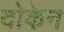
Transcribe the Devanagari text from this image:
दोकेन